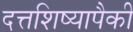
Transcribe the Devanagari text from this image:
दत्तशिष्यापैकी